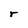
Character: r